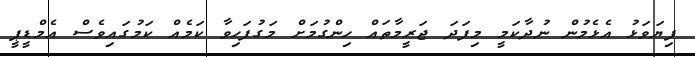
ފިޔަވަޅު އެޅެމުން ނުދާކަމީ މިފަދަ ޖަރީމާތައް ހިންގުމަށް މަގުފަހިވާ ކަމެއް ކަމުގައިވެސް އެމްޑީޕީ